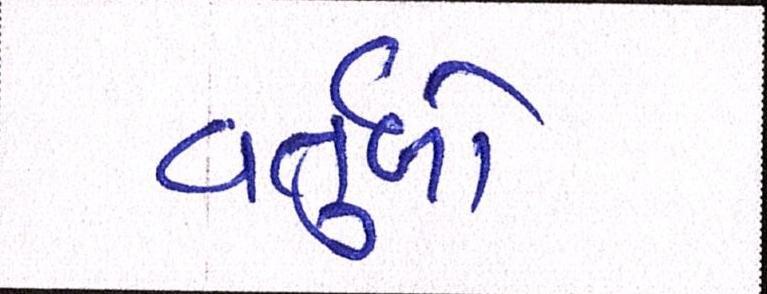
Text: વર્તુળો